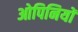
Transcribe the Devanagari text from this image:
ओपिनियों